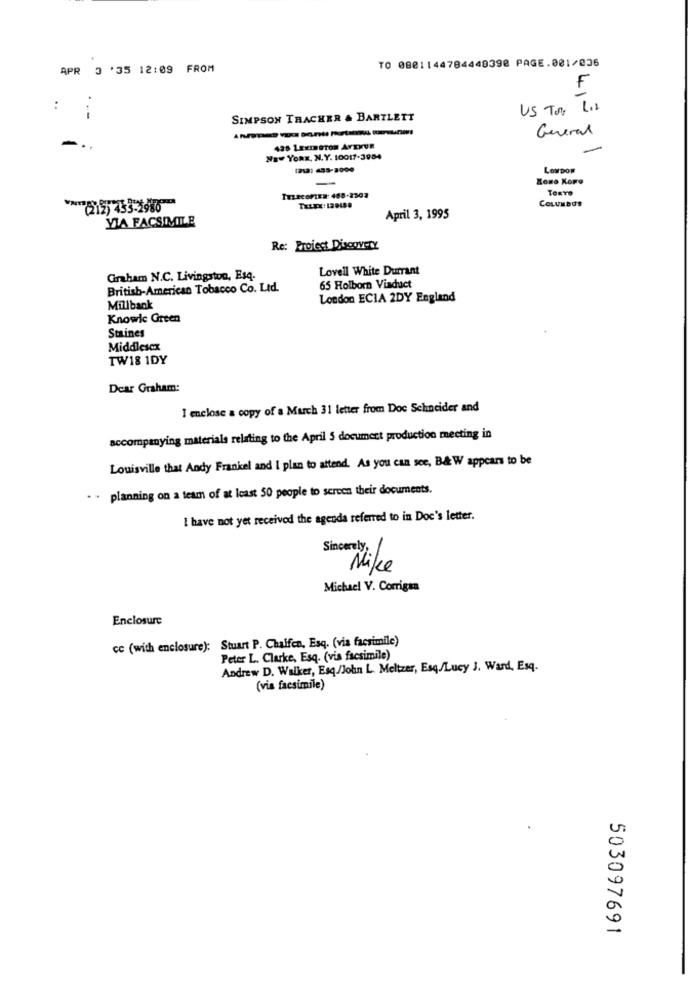
TO 0821144784440398 PAGE.001/036
APR 3 '35 12:09 FROM
.
:
US TON
45
SIMPSON TRACHER & BARTLETT
General
425 LEEnaTon ArErUn
Naw YoRx, N.Y. 10017-3984
1212: 433-2000
Lowpow
-
Zono Kowo
TOKYO
TELECOMTER: 488-2303
(212) 433-2980
COLUMBUS
VIA FACSIMILE
April 3, 1995
Re: Project Discovery
Lovell White Durrant
Graham N.C. Livingston, Esq.
British-American Tobacco Co. Ltd.
65 Holborn Viaduct
London ECIA 2DY England
Millbank
Knowle Green
Staines
Middlesex
TW18 1DY
Dear Graham:
I enclose a copy of a March 31 letter from Doc Schneider and
accompanying materials relating to the April 5 document production meeting in
Louisville that Andy Frankel and I plan to attend. As you can see, B& W appears to be
. - planning on a team of at least 50 people to screen their documents.
I have not yet received the agenda referred to in Doc's letter.
Sincerely,
Nike
Michael V. Corrigan
Enclosure
cc (with enclosure): Stuart P. Chalfen, Esq. (via facsimile)
Peter L. Clarke, Esq. (via facsimile)
Andrew D. Walker, Esq /John L. Meltzer, Esq/Lucy J. Ward, Esq.
(via facsimile)
503097691